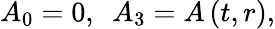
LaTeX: A_{0}=0,\, \, \, A_{3}=A\left(t,r\right),